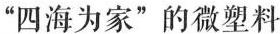
“四海为家”的微塑料